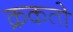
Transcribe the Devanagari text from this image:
क्रकतो